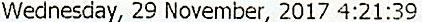
WEDNESDAY, 29 NOVEMBER, 2017 4:21:39